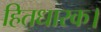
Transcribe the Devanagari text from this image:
हितधारक।